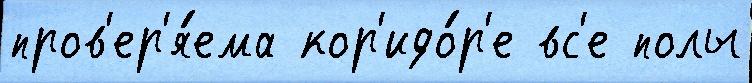
пров'ер'я́ема кор'идо́р'е вс'е полы